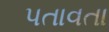
પતાવતા